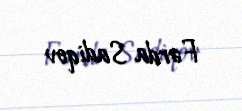
Fərda Sadiqov